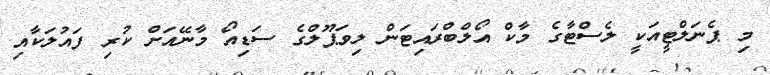
މި ޕެނަލްޓީއަކީ ލެސްޓާގެ މާކް އޯލްބްރައިޓަން ލިވަޕޫލްގެ ސަޑިއޯ މާނޭއަށް ކުރި ފައުލަކާއި